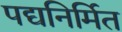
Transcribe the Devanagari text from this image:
पद्यनिर्मित